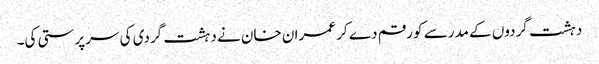
دہشت گردوں کے مدرسے کو رقم دے کر عمران خان نے دہشت گردی کی سرپرستی کی۔